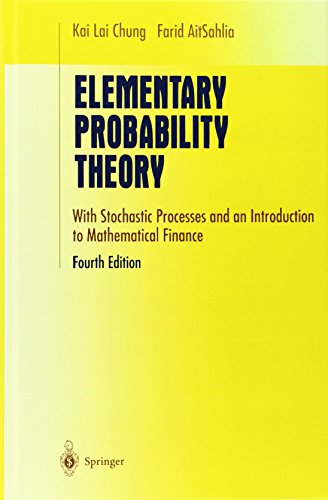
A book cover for Elementary Probability Theory: With Stochastic Processes and an Introduction to Mathematical Finance (Undergraduate Texts in Mathematics); K. L. Chung; Science & Math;